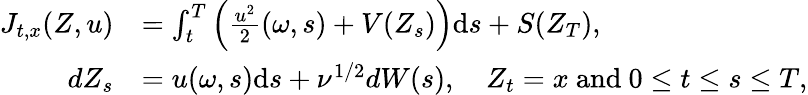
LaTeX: \begin{array}{rl}{J_{t,x}(Z,u)}&{=\int_{t}^{T}\left(\frac{u^{2}}{2}(\omega,s)+V(Z_{s})\right)\mathrm{d}s+S(Z_{T}),}\\ {dZ_{s}}&{=u(\omega,s)\mathrm{d}s+\nu^{1/2}dW(s),\quad Z_{t}=x\mathrm{~and~}0\leq t\leq s\leq T,}\end{array}